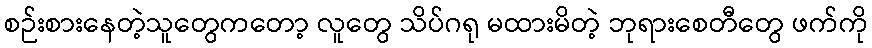
စဉ်းစားနေတဲ့သူတွေကတော့ လူတွေ သိပ်ဂရု မထားမိတဲ့ ဘုရားစေတီတွေ ဖက်ကို